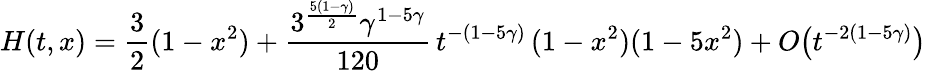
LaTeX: H(t,x)=\frac 32(1-x^{2})+\frac{3^{\frac{5(1-\gamma)}{2}}\gamma^{1-5\gamma}}{120}\, t^{-(1-5\gamma)}\, (1-x^{2})(1-5x^{2})+O\big(t^{-2(1-5\gamma)}\big)